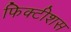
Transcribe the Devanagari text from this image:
फिक्टीशस